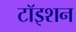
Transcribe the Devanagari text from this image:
टॉइशन